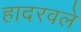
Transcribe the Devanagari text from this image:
हादरवले